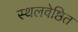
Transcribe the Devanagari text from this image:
स्थलवेष्ठित